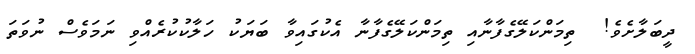
ދީބަލާށެވެ!  ތިމަންކަލޭގެފާނާއި ތިމަންކަލޭގެފާނާ އެކުގައިވާ ބަޔަކު ހަލާކުކުރެއްވި ނަމަވެސް ނުވަތަ